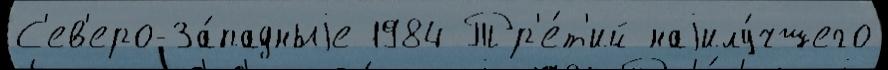
С'ев'еро-За́падныjе 1984 Тр'е́т'ий наjилу́чшего